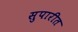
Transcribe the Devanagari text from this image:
सुपारीत